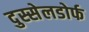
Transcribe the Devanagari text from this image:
दुस्सेलडोर्फ